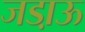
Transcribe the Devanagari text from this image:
जडा़ऊ